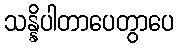
သန္နိပါတာပေတွာပေ